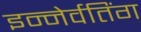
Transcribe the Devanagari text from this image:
इन्नेर्वतिंग